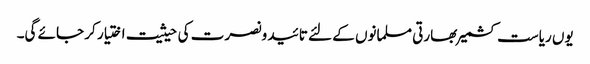
یوں ریاست کشمیر بھارتی مسلمانوں کے لئے تائید ونصرت کی حیثیت اختیار کر جائے گی۔